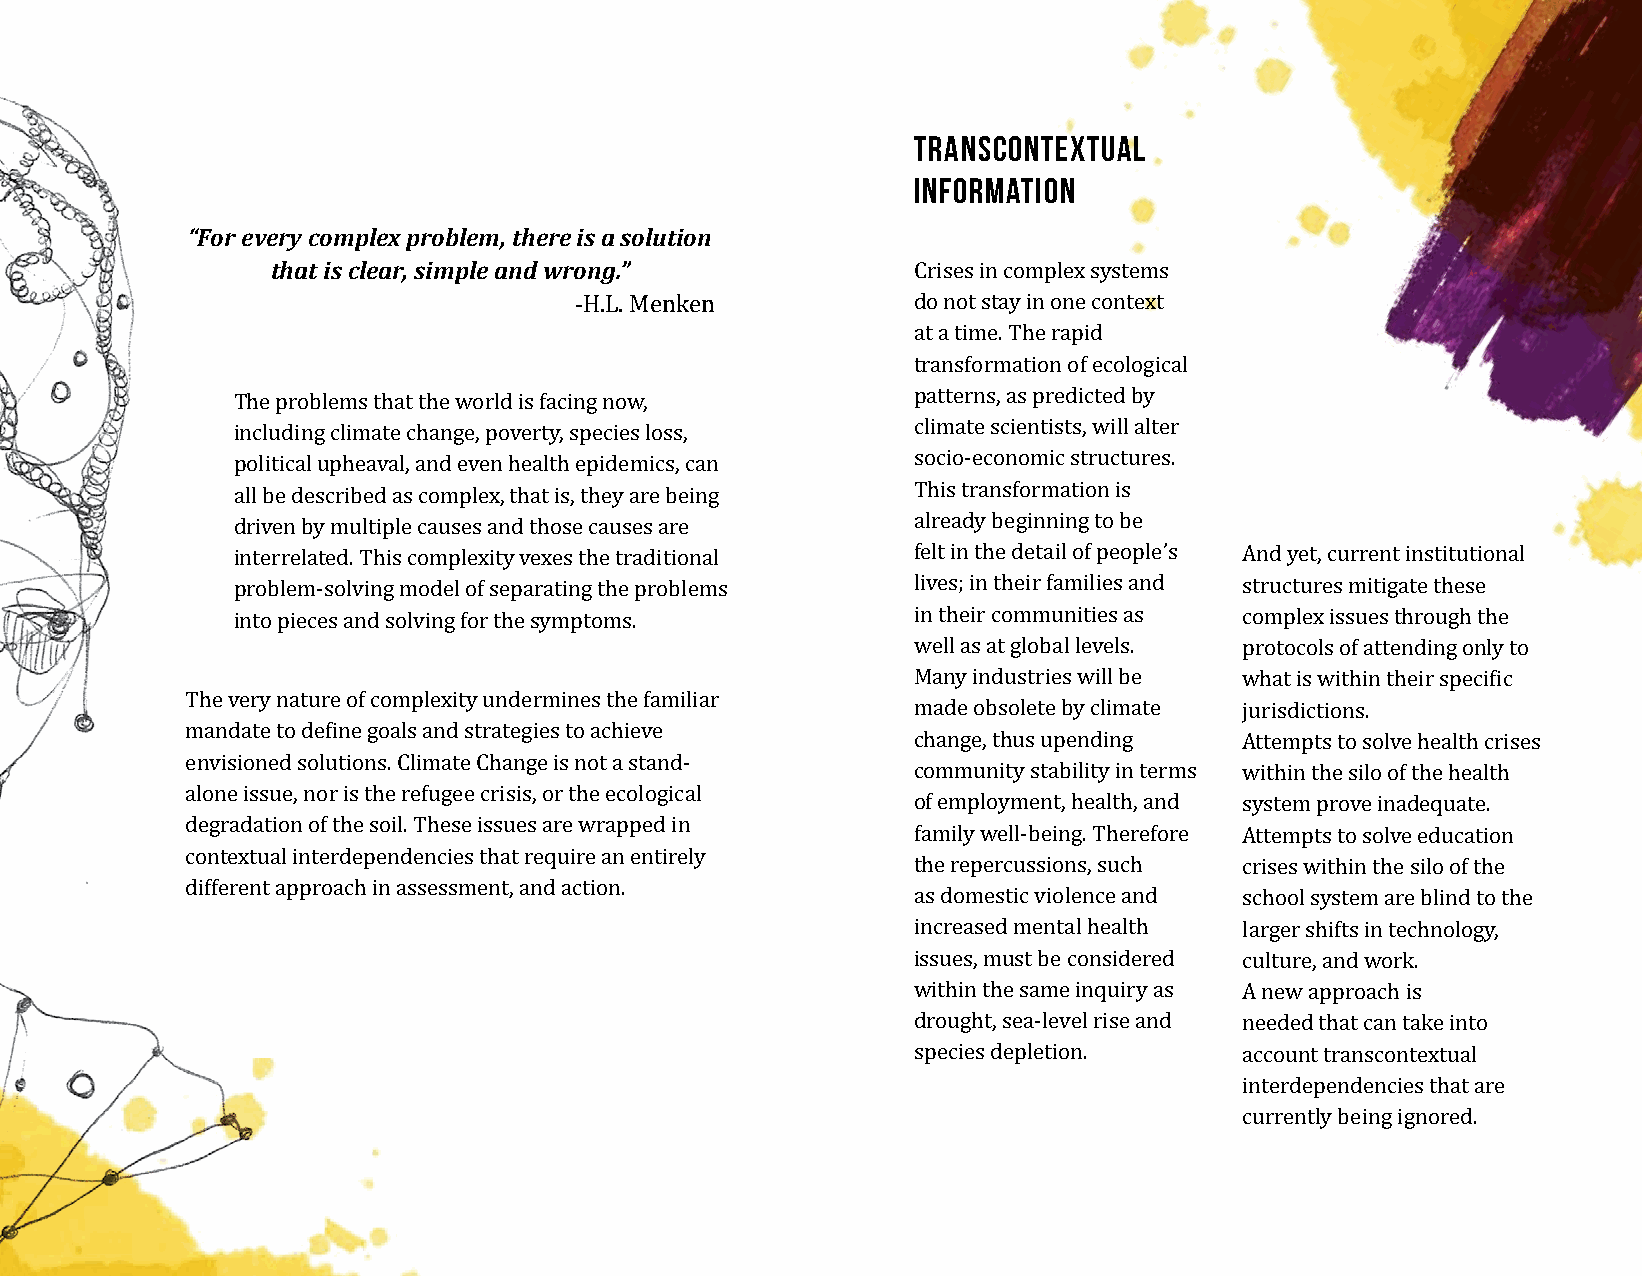
Transcontextual
 Information
 “For every complex problem, there is a solution
 that is clear, simple and wrong.”
 Crises in complex systems
 do not stay in one context
 -H.L. Menken
 at a time. The rapid
 transformation of ecological
 The problems that the world is facing now,    patterns, as predicted by
 including climate change, poverty, species loss, climate scientists, will alter
 political upheaval, and even health epidemics, can socio-economic structures.
 all be described as complex, that is, they are being This transformation is
 driven by multiple causes and those causes are already beginning to be
 interrelated. This complexity vexes the traditional felt in the detail of people’s And yet, current institutional
 problem-solving model of separating the problems lives; in their families and structures mitigate these
 into pieces and solving for the symptoms.     in their communities as complex issues through the
 well as at global levels. protocols of attending only to
 Many industries will be what is within their specific
 The very nature of complexity undermines the familiar
 made obsolete by climate jurisdictions.
 mandate to define goals and strategies to achieve
 change, thus upending Attempts to solve health crises
 envisioned solutions. Climate Change is not a stand-
 community stability in terms within the silo of the health
 alone issue, nor is the refugee crisis, or the ecological
 of employment, health, and system prove inadequate.
 degradation of the soil. These issues are wrapped in
 family well-being. Therefore Attempts to solve education
 contextual interdependencies that require an entirely
 the repercussions, such crises within the silo of the
 different approach in assessment, and action.
 as domestic violence and school system are blind to the
 increased mental health larger shifts in technology,
 issues, must be considered culture, and work.
 within the same inquiry as A new approach is
 drought, sea-level rise and needed that can take into
 species depletion.   account transcontextual
 interdependencies that are
 currently being ignored.